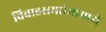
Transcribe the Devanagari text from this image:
विवाहसमारंभांमध्ये